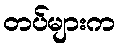
တပ်များက